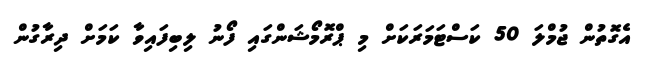
އެގޮތުން ޖުމްލަ 50 ކަސްޓަމަރަކަށް މި ޕްރޮމޯޝަންގައި ފޯނު ލިބިފައިވާ ކަމަށް ދިރާގުން